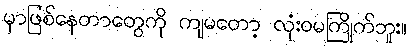
မှာဖြစ်နေတာတွေကို ကျမတော့ လုံးဝမကြိုက်ဘူး။